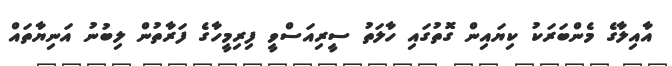
އާއިލާގެ މެންބަރަކު ކިޔައިން ގޮތުގައި ހާލަތު ސީރިއަސްވީ ފިރިމީހާގެ ފަރާތުން ލިބުނު އަނިޔާތައް